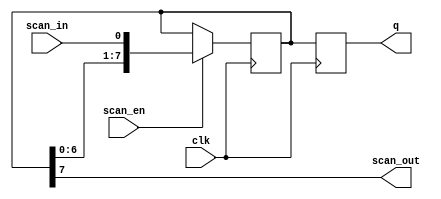

module scan_chain (
    input wire clk,               // Clock input
    input wire scan_en,           // Scan enable
    input wire scan_in,           // Scan data input
    output wire scan_out,         // Scan data output
    output reg [7:0] q            // Parallel data output
);

    reg [7:0] scan_register;

    always @(posedge clk) begin
        if (scan_en) begin
            scan_register <= {scan_register[6:0], scan_in};
        end
        q <= scan_register;
    end

    assign scan_out = scan_register[7];

endmodule